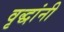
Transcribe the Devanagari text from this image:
वृद्धांनी